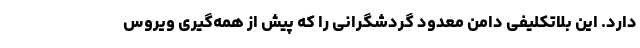
دارد. این بلاتکلیفی دامن معدود گردشگرانی را که پیش از همه‌گیری ویروس